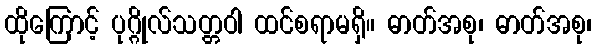
ထိုကြောင့် ပုဂ္ဂိုလ်သတ္တဝါ ထင်စရာမရှိ။ ဓာတ်အစု၊ ဓာတ်အစု၊